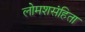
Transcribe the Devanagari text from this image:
लोमशसंहिता